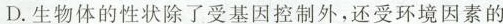
D.生物体的性状除了受基因控制外，还受到环境因素的